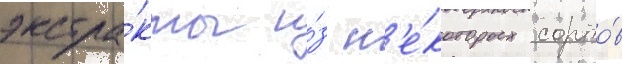
экстра́кты и́з н'е́которых сорто́в